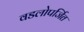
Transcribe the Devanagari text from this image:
वडलोपर्जित